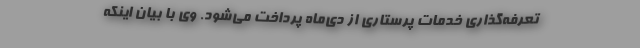
تعرفه‌گذاری خدمات پرستاری از دی‌ماه پرداخت می‌شود. وی با بیان اینکه